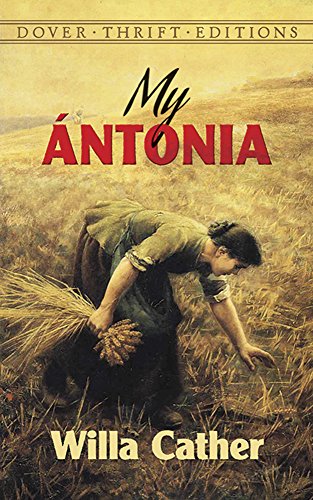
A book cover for My ÃEntonia (Dover Thrift Editions); Willa Cather; Literature & Fiction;